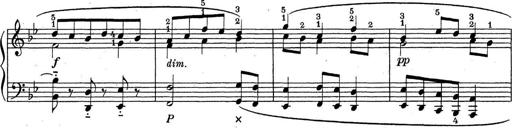
Title: ÄŒeskÃ© Sonatiny
Composer: Various